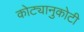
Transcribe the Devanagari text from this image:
कोट्यानुकोटी